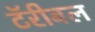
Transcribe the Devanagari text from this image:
टॅरीबल